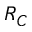
R _ { C }